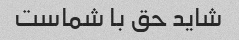
شاید حق با شماست